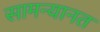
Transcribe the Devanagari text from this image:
सामन्यानत